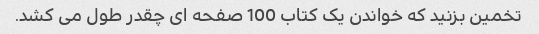
تخمین بزنید که خواندن یک کتاب 100 صفحه ای چقدر طول می کشد.